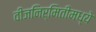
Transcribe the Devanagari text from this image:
वीजनिर्मितीमध्ये